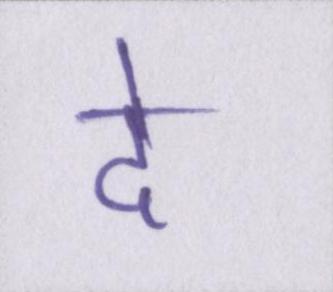
दे